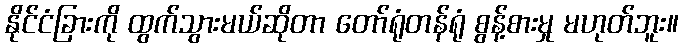
နိုင်ငံခြားကို ထွက်သွားမယ်ဆိုတာ တော်ရုံတန်ရုံ စွန့်စားမှု မဟုတ်ဘူး။